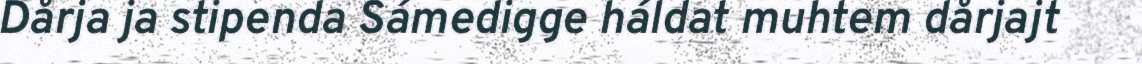
Dårja ja stipenda Sámedigge háldat muhtem dårjajt